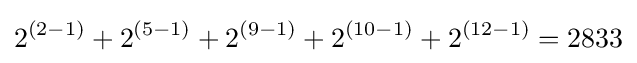
2^{(2-1)}+2^{(5-1)}+2^{(9-1)}+2^{(10-1)}+2^{(12-1)}=2833